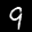
Label: 9